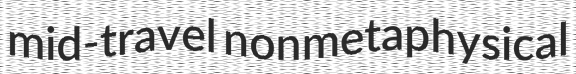
mid-travel nonmetaphysical